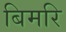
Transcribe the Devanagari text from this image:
बिमरि